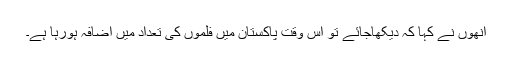
انھوں نے کہا کہ دیکھاجائے تو اس وقت پاکستان میں فلموں کی تعداد میں اضافہ ہورہا ہے۔